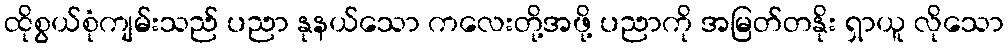
ထိုစွယ်စုံကျမ်းသည် ပညာ နုနယ်သော ကလေးတို့အဖို့ ပညာကို အမြတ်တနိုး ရှာယူ လိုသော